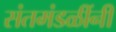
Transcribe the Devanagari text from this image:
संतमंडळींनी